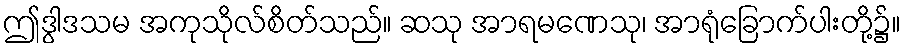
ဤဒွါဒသမ အကုသိုလ်စိတ်သည်။ ဆသု အာရမဏေသု၊ အာရုံခြောက်ပါးတို့၌။